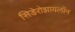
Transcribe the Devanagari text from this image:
सिडेरोझायलॉन